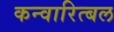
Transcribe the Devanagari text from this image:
कन्वारित्बल